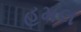
હમલ